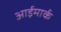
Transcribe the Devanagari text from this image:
आईमार्क